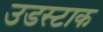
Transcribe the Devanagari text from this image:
उडस्टाक